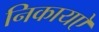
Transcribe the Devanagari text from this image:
निकायऐ